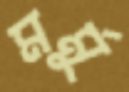
মর্মু